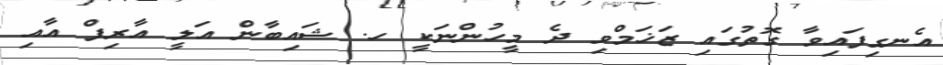
އެނގިފައިވާ ގޮތުގައި ޒަޚަމްވި ދެ މީހުންނަކީ ހ. ޝައިބާން އަލީ އާރިފް އާއި